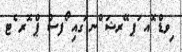
ިވޑް ޮއ ަޕ ޭރޝަ ްނ ަގއި ޯފސް ޕް ޮރ ެޓ